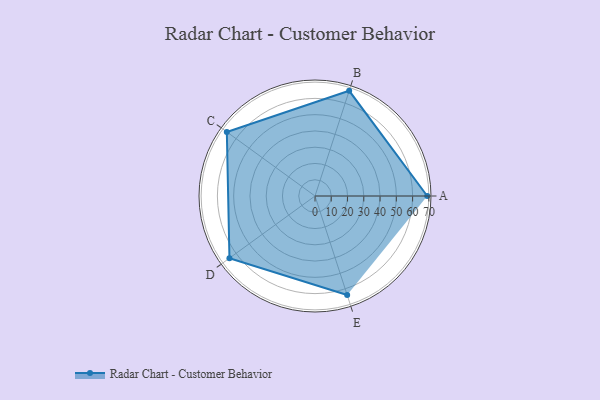
{"axis": {"x": "Skill", "y": "Score"}, "legend": ["Profile"], "data": [{"x": "A", "y": 69.0, "type": "Profile"}, {"x": "B", "y": 68.0, "type": "Profile"}, {"x": "C", "y": 67.0, "type": "Profile"}, {"x": "D", "y": 65.0, "type": "Profile"}, {"x": "E", "y": 64.0, "type": "Profile"}]}